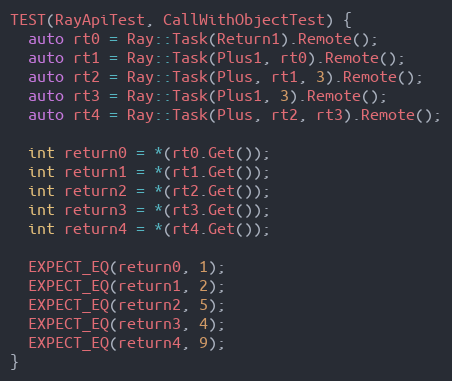
Language: C++
TEST(RayApiTest, CallWithObjectTest) {
  auto rt0 = Ray::Task(Return1).Remote();
  auto rt1 = Ray::Task(Plus1, rt0).Remote();
  auto rt2 = Ray::Task(Plus, rt1, 3).Remote();
  auto rt3 = Ray::Task(Plus1, 3).Remote();
  auto rt4 = Ray::Task(Plus, rt2, rt3).Remote();

  int return0 = *(rt0.Get());
  int return1 = *(rt1.Get());
  int return2 = *(rt2.Get());
  int return3 = *(rt3.Get());
  int return4 = *(rt4.Get());

  EXPECT_EQ(return0, 1);
  EXPECT_EQ(return1, 2);
  EXPECT_EQ(return2, 5);
  EXPECT_EQ(return3, 4);
  EXPECT_EQ(return4, 9);
}